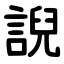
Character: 誽